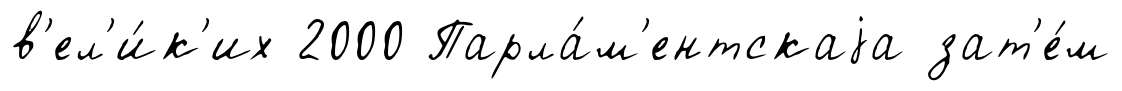
в'ел'и́к'их 2000 Парла́м'ентскаjа зат'е́м